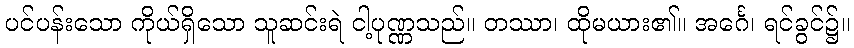
ပင်ပန်းသော ကိုယ်ရှိသော သူဆင်းရဲ ငါ့ပုဏ္ဏသည်။ တဿာ၊ ထိုမယား၏။ အင်္ဂေ၊ ရင်ခွင်၌။